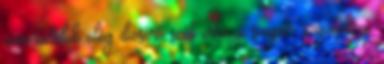
nem találok elég dicsérő szót erre a szuper szójátékra.